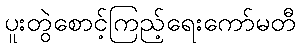
ပူးတွဲစောင့်ကြည့်ရေးကော်မတီ